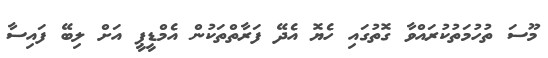
މޫސަ ތުހުމަތުކުރައްވާ ގޮތުގައި ހެޔޮ އެދޭ ފަރާތްތަކުން އެމްޑީޕީ އަށް ލިބޭ ފައިސާ